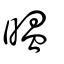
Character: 㬈